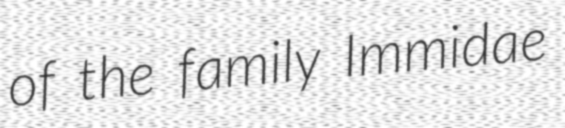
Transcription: of the family Immidae